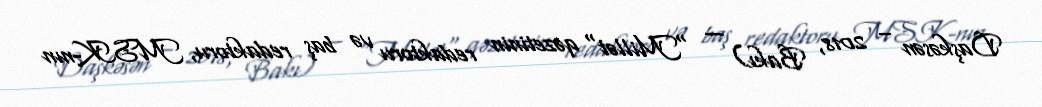
Daşkəsən – 2018, Bakı) — "Millət" qəzetinin redaktoru və baş redaktoru, MSK-nın